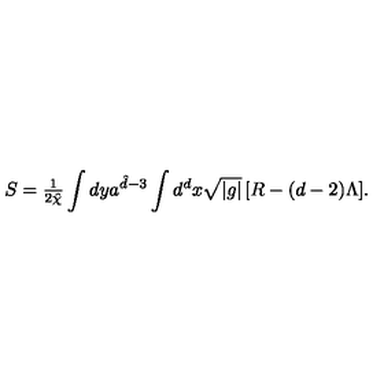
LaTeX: S = { \textstyle \frac { 1 } { 2 { \hat { \chi } } } } \int { d y a ^ { { \hat { d } } - 3 } } \int { d ^ { d } x \sqrt { | g | } \left[ R - ( d - 2 ) \Lambda \right] } .